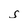
Character: S